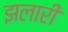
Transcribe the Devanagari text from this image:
झलारी